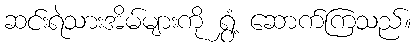
ဆင်းရဲသားအိမ်များကို ရွှံ့ ဆောက်ကြသည်။